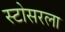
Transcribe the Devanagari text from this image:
स्टोसरला